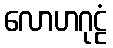
လောဟဂုဠံ